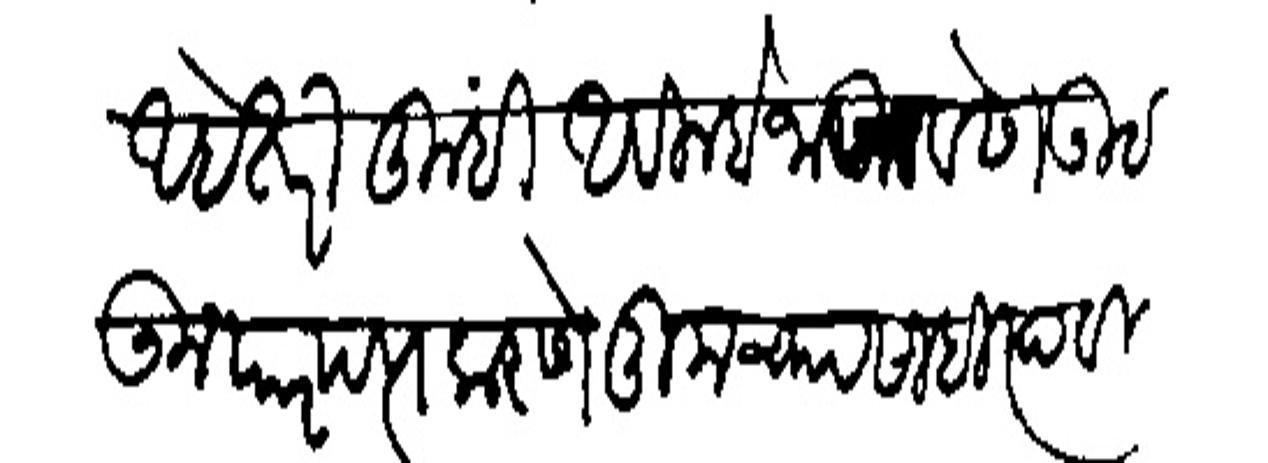
Transliteration (Devanagari): आहे तरी तुम्हीं अविलबे जाऊन वेढा उठऊन पारपत्य करणे तुमच्या साहित्याविसी